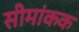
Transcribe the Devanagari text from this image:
सीमांकक